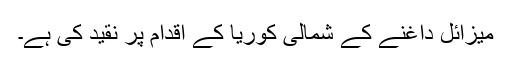
میزائل داغنے کے شمالی کوریا کے اقدام پر نقید کی ہے۔